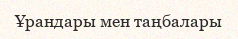
Ұрандары мен таңбалары